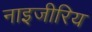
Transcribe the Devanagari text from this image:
नाइजीरिय